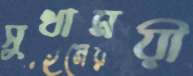
সুধাময়ী